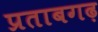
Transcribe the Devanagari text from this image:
प्रताबगढ़